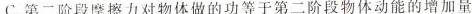
C.第二阶段摩擦力对物体做的功等于第二阶段物体动能的增加量